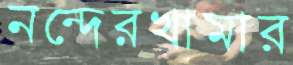
নন্দেরখামার